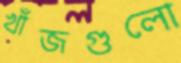
খাঁজগুলো